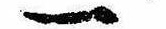
一